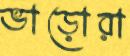
ভাড়োরা